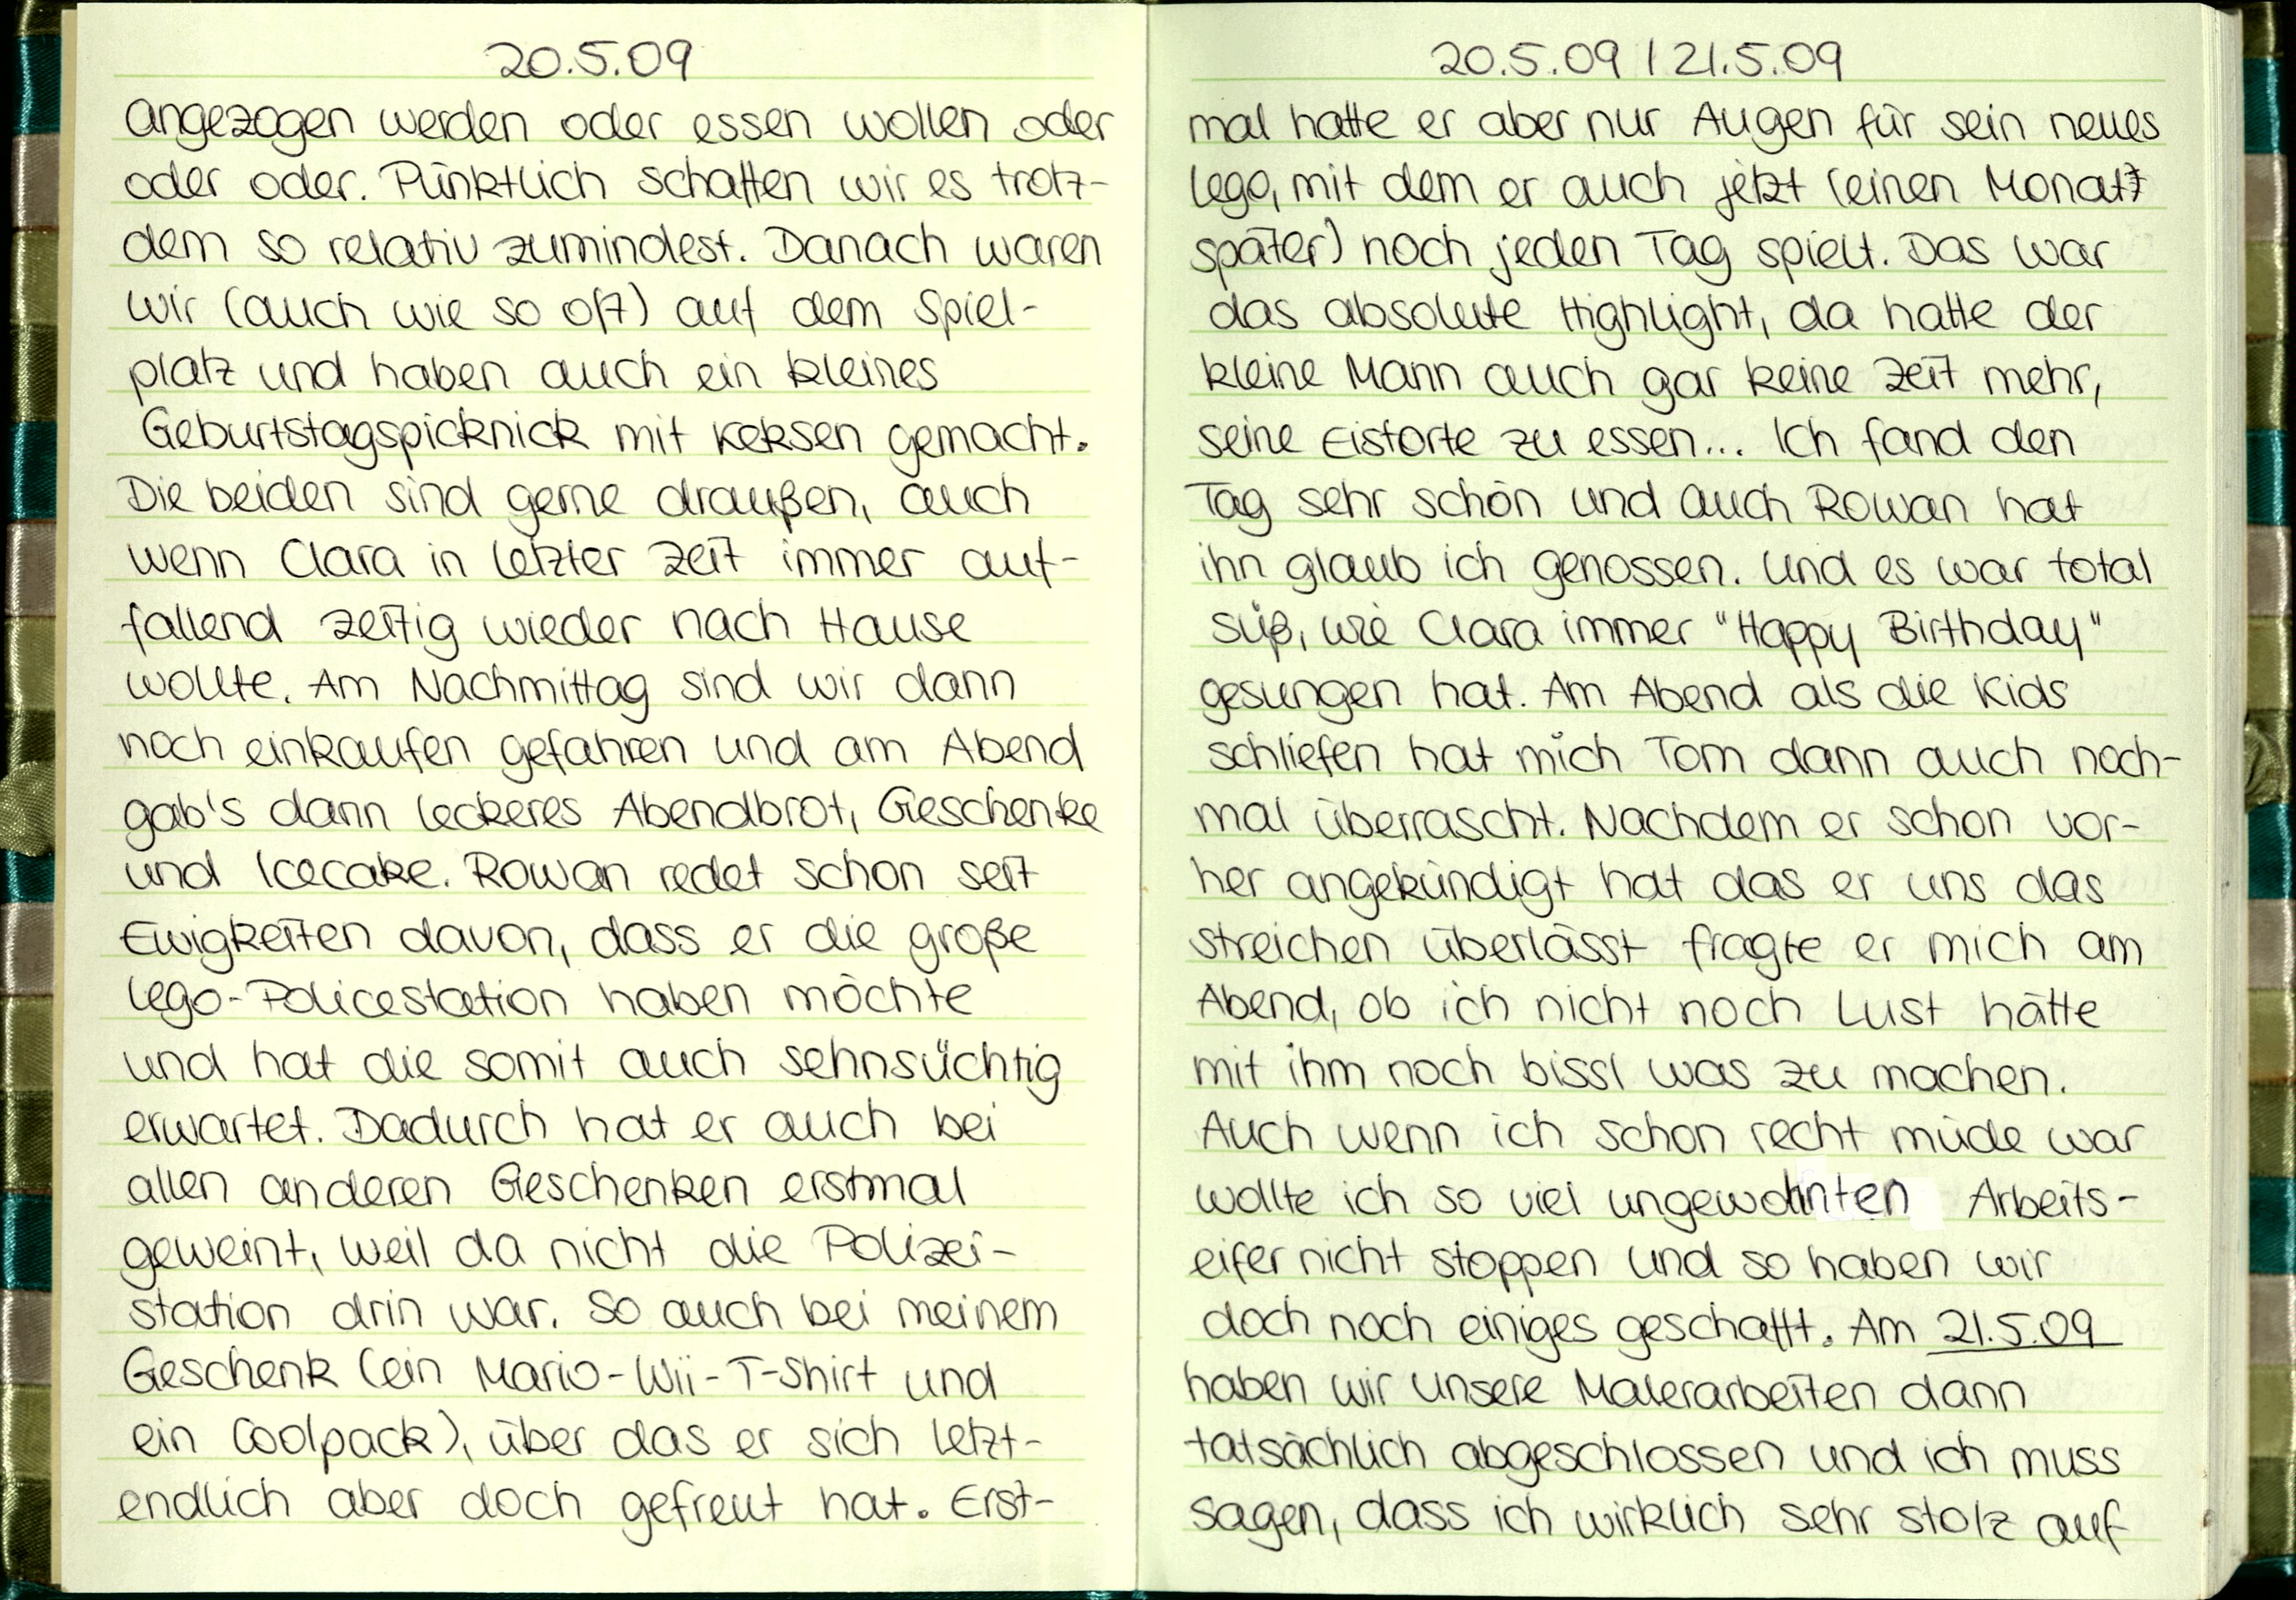
20.5.09
angezogen werden oder essen wollen oder
oder oder Pünktlich schaffen wir es trotz-
dem so relativ zumindest. Danach waren
wir (auch wie so oft) auf dem Spiel-
platz und haben auch ein kleines
Geburtstagspicknick mit Keksen gemacht.
Die beiden sind gerne draußen, auch
wenn Clara in letzter Zeit immer auf-
fallend Zeitig wieder nach Hause
wollte. Am Nachmittag sind wir dann
noch einkaufen gefahren und am Abend
gab's dann leckeres Abendbrot, Geschenke
und Icecake, Rowan redet schon seit
Ewigkeiten davon, dass er die große
Lego-Policestation haben möchte
und hat die somit auch sehnsüchtig
erwartet. Dadurch hat er auch bei
allen anderen Geschenken erstmal
geweint, weil da nicht die Polizei-
station drin war. So auch bei meinem
Geschenk (ein Mario-Wii-T-Shirt und
ein Coolpack), über das er sich letzt-
endlich aber doch gefreut hat. Erst-

20.5.09 / 21.5.09
mal hatte er aber nur Augen für sein neues
Lego, mit dem er auch jetzt (einen Monat
später) noch jeden Tag spielt. Das war
das absolute Highlight, da hatte der
kleine Mann auch gar keine Zeit mehr
seine Eistorte zu essen... Ich fand den
Tag sehr schön und auch Rowan hat
ihn glaub ich genossen. Und es war total
süß, wie Clara immer "Happy Birthday"
gesungen hat. Am Abend als die Kids
schliefen hat mich Tom dann auch noch-
mal überrascht. Nachdem er schon vor-
her angekündigt hat das er uns das
streichen überlässt fragte er mich am
Abend, ob ich nicht noch Lust hätte
mit ihm noch bissl was zu machen.
Auch wenn ich schon recht müde war
wollte ich so viel ungewohnten Arbeits-
eifer nicht stoppen und so haben wir
doch noch einiges geschafft. Am 21.5.09
haben wir unsere Malerarbeiten dann
tatsächlich abgeschlossen und ich muss
sagen, dass ich wirklich sehr stolz auf